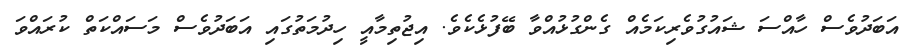
އަބަދުވެސް ހާއްސަ ޝައުގުވެރިކަމެއް ގެންގުޅުއްވާ ބޭފުޅެކެވެ. އިޖުތިމާއީ ހިދުމަތުގައި އަބަދުވެސް މަސައްކަތް ކުރައްވަ